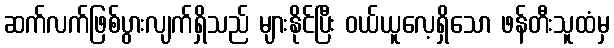
ဆက်လက်ဖြစ်ပွားလျက်ရှိသည် များနိုင်ပြီး ဝယ်ယူလေ့ရှိသော ဖန်တီးသူထံမှ